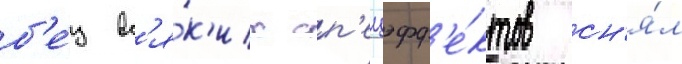
б'е́з вс'я́к'их сп'ецэфф'е́ктов сн'я́л